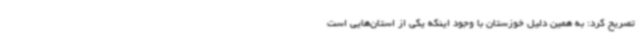
تصریح کرد: به همین دلیل خوزستان با وجود اینکه یکی از استان‌هایی است